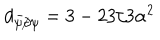
d _ { \bar { \psi } \not \partial \psi } = 3 - 2 3 / 3 \alpha ^ { 2 }